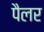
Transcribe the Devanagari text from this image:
पैलर